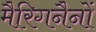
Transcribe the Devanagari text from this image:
मैरिगनैनों